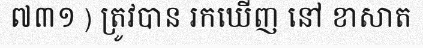
៧៣១ ) ត្រូវបាន រកឃើញ នៅ ខាសាត